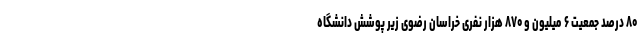
۸۰ درصد جمعیت ۶ میلیون و ۸۷۰ هزار نفری خراسان رضوی زیر پوشش دانشگاه